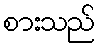
စားသည်